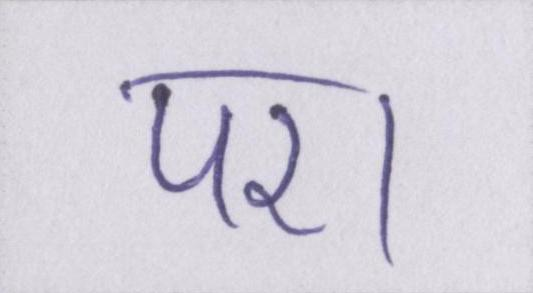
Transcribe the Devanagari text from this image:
पर।